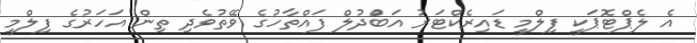
އެ ލެޕްޓޮޕަކީ ފިލްމީ ޑައިރެކްޓަރު އަބްުދުލް ފައްތާހުގެ ވޭތުވެދި ތިން އަހަރުގެ ފިލްމީ